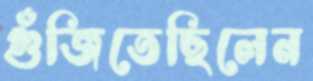
গুঁজিতেছিলেন